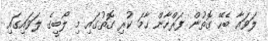
ލަވައާ ބެހޭ ގޮތުން ފަރްހާން ހާމަ ކުރި ގޮތުގައި މި ލޯބީގެ ލަވައިގައި